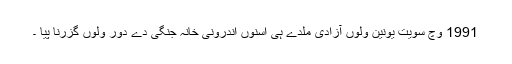
1991 وچّ سویت یونین ولوں آزادی ملدے ہی اسنوں اندرونی خانہ جنگی دے دور ولوں گزرنا پیا ۔